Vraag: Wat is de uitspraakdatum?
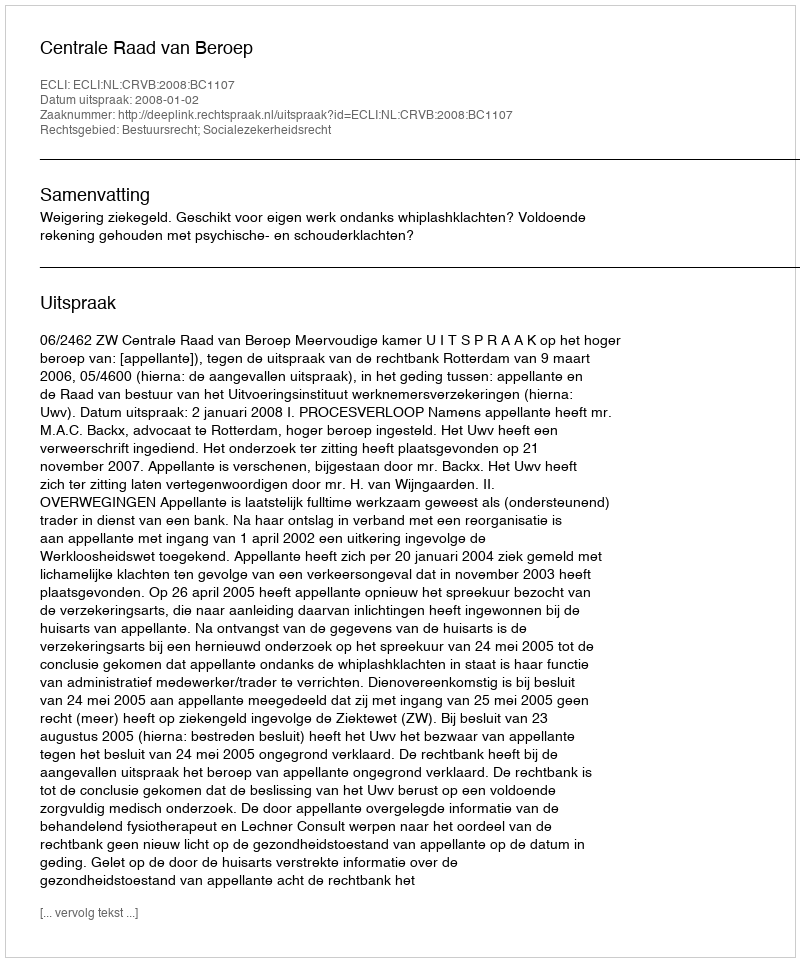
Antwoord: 2008-01-02